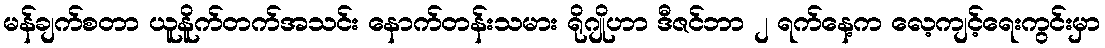
မန်ချက်စတာ ယူနိူက်တက်အသင်း နောက်တန်းသမား ရိုဂျိုဟာ ဒီဇင်ဘာ ၂ ရက်နေ့က လေ့ကျင့်ရေးကွင်းမှာ